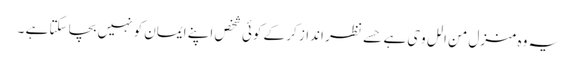
یہ وہ منزل من الل وحی ہے حسے نظر انداز کر کے کوئی شخص اپنے ایمان کو نہیں بچا سکتا ہے ۔